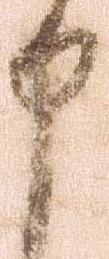
申